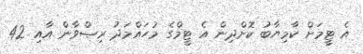
އެ ޓީމަށް ކާމިޔާބު ކޮށްދިން އެ ޓީމްގެ މުހައްމަދު ރިޞްވާން އާއި 42